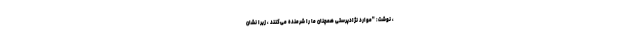
، نوشت: "موارد نژادپرستی همچنان ما را شرمنده می‌کنند ، زیرا نشان